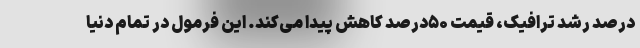
درصد رشد ترافیک، قیمت ۵۰درصد کاهش پیدا می‌کند. این فرمول در تمام دنیا